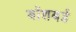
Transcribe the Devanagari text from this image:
बॉशबर्ड